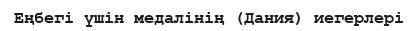
Еңбегі үшін медалінің (Дания) иегерлері